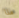
هذا